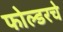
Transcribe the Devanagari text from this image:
फोल्डरचे